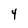
Character: 4